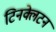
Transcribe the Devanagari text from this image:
टिनक्लेटन